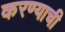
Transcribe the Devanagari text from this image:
करण्याची